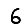
Digit: 6